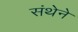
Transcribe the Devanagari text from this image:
संथेने